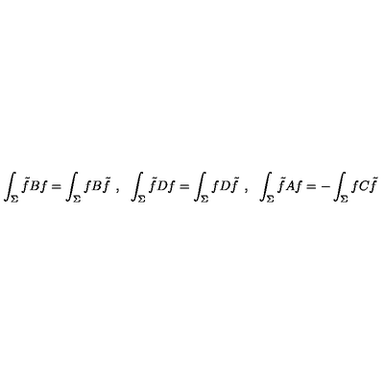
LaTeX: \int _ { \Sigma } \tilde { f } B f = \int _ { \Sigma } f B \tilde { f } \: \: , \: \: \: \int _ { \Sigma } \tilde { f } D f = \int _ { \Sigma } f D \tilde { f } \: \: , \: \: \: \int _ { \Sigma } \tilde { f } A f = - \int _ { \Sigma } f C \tilde { f }